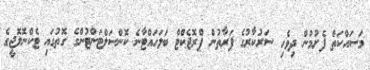
މަސައްކަތް ފެށުމުން ދިވެހި ސަރުކާރުގެ ފަރާތުން ޕްރޮޖެކްޓް ބަލަހައްޓާނެ ކޮންސަލްޓަންޓުންގެ ގޮތުގައި ޓެކްނޮލޮޖީގެ